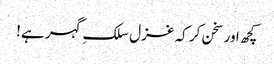
کچھ اور سخن کر کہ غزل سلکِ گہر ہے!